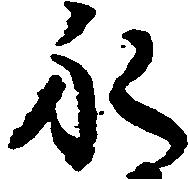
永